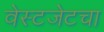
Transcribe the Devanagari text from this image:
वेस्टजेटचा